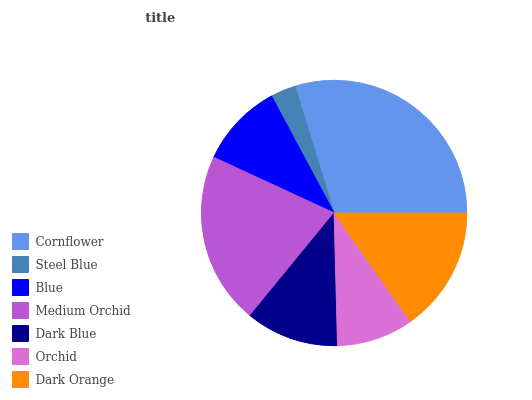
| Cornflower | Steel Blue | Blue | Medium Orchid | Dark Blue | Orchid | Dark Orange |
 | --- | --- | --- | --- | --- | --- | --- |
 | 29.7% | 3.07% | 10.3% | 21% | 11.3% | 9.37% | 15.2% |